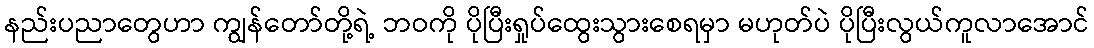
နည်းပညာတွေဟာ ကျွန်တော်တို့ရဲ့ ဘဝကို ပိုပြီးရှုပ်ထွေးသွားစေရမှာ မဟုတ်ပဲ ပိုပြီးလွယ်ကူလာအောင်